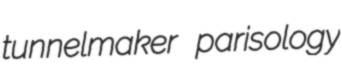
tunnelmaker parisology